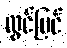
လွင်ပြင်